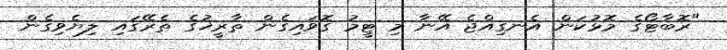
"ރޮބާޓޯގެ މޮޅުކަން އެނގިއްޖެ އޭނާ މި ޓީމު ގޮވައިގެން ތާރީޚުގެ ތެރޭގައި ލިޔެވިގެން